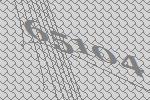
65104